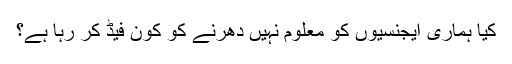
کیا ہماری ایجنسیوں کو معلوم نہیں دھرنے کو کون فیڈ کر رہا ہے؟